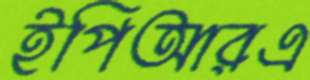
ইপিআরএ